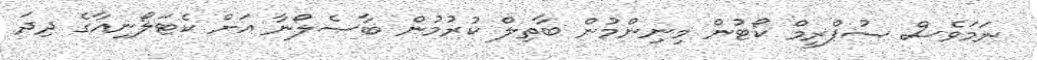
ނަމަވެސް ސުޕްރީމް ކޯޓުން މިނިންމުން ބާތިލް ކުރުމުން ބާސެލޯނާ އަށް ކެޓަލޯނިއާގެ ދިދަ